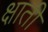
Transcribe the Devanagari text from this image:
क्षाती